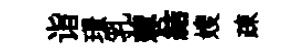
诣璟乳蓉結嫂疎